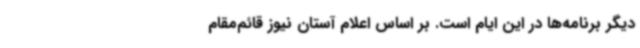
دیگر برنامه‌ها در این ایام است. بر اساس اعلام آستان نیوز قائم‌مقام